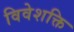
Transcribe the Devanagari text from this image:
विवेशक्ति